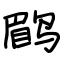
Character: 鹛